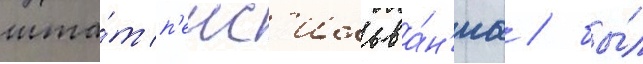
шта́т п'енс'ильва́н'иа / бы́л